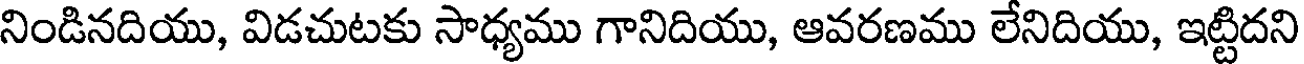
నిండినదియు, విడచుటకు సాధ్యము గానిదియు, ఆవరణము లేనిదియు, ఇట్టిదని